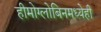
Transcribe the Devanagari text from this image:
हीमोग्लोबिनमध्येही